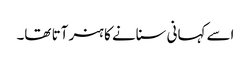
اسے کہانی سنانے کا ہنر آتا تھا۔